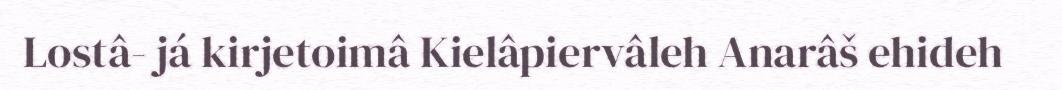
Lostâ- já kirjetoimâ Kielâpiervâleh Anarâš ehideh